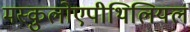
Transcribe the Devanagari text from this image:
मस्कुलोएपीथिलियल